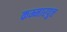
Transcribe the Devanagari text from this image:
कम्मारपुत्त